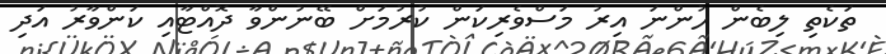
ތަކެތި ލިބެން ހުންނަ އިރު މަސްވެރިކަން ކުރުމަށް ބޭނުންވާ ދޮއްޓާއި ކަންވާރު އަދި